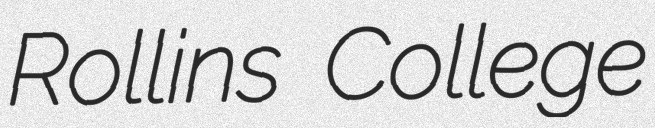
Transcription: Rollins College